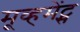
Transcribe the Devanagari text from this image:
मूव्हमेंट्स